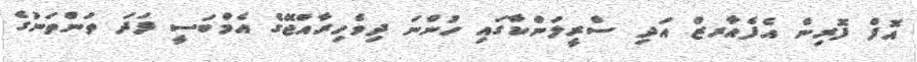
އޮފް ފޮރިން އެފެއާރޒް އަދި ސްރީލަންކާގައި ހުންނަ ދިވެހިރާއްޖޭގެ އެމްބަސީ ފަދަ ތަންތަނުގެ